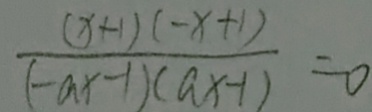
\frac { ( x + 1 ) ( - x + 1 ) } { ( - a x - 1 ) ( a x - 1 ) } = 0